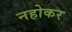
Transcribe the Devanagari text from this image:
नहोकर